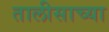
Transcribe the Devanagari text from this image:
तालीसाच्या